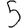
Digit: 5